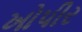
ખોપીર